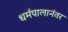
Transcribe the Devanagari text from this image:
धर्मपालानंतर